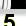
Digit: 5